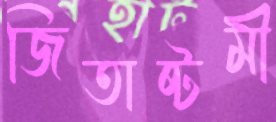
জিতাষ্টমী